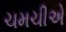
ચમચીએ